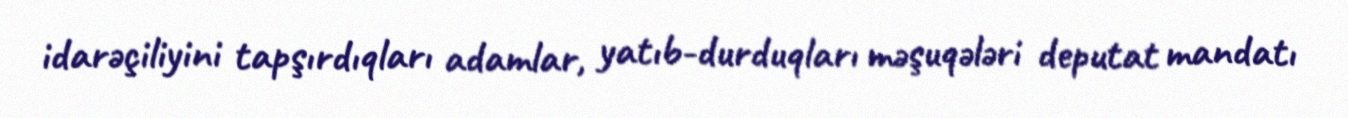
idarəçiliyini tapşırdıqları adamlar, yatıb-durduqları məşuqələri deputat mandatı